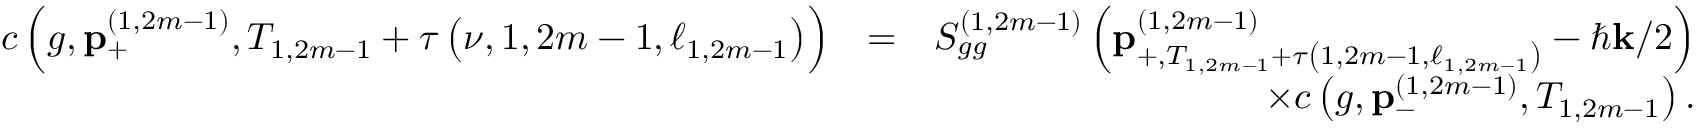
\begin{array} { r l r } { c \left( g , \mathbf { p } _ { + } ^ { \left( 1 , 2 m - 1 \right) } , T _ { 1 , 2 m - 1 } + \tau \left( \nu , 1 , 2 m - 1 , \ell _ { 1 , 2 m - 1 } \right) \right) } & { = } & { S _ { g g } ^ { \left( 1 , 2 m - 1 \right) } \left( \mathbf { p } _ { + , T _ { 1 , 2 m - 1 } + \tau \left( 1 , 2 m - 1 , \ell _ { 1 , 2 m - 1 } \right) } ^ { \left( 1 , 2 m - 1 \right) } - \hbar \mathbf { k } / 2 \right) } \\ & { } & { \times c \left( g , \mathbf { p } _ { - } ^ { \left( 1 , 2 m - 1 \right) } , T _ { 1 , 2 m - 1 } \right) . } \end{array}